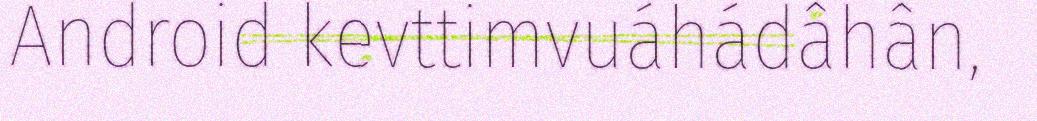
Android kevttimvuáhádâhân,